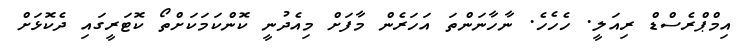
އިމްޕްރެސްޑް ރިއަލީ. ހެހެހެ. ނާހާނަންތަ އަހަރެން މާފަށް މިއެދުނީ ކޮންކަމަކަށްތޯ ކޮޓަރީގައި ދެކޮޅަށް